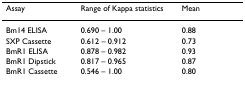
| Assay | Range of Kappa statistics | Mean |
 | --- | --- | --- |
 | Bm14 ELISA | 0.690 – 1.00 | 0.88 |
 | SXP Cassette | 0.612 – 0.912 | 0.73 |
 | BmR1 ELISA | 0.878 – 0.982 | 0.93 |
 | BmR1 Dipstick | 0.817 – 0.965 | 0.87 |
 | BmR1 Cassette | 0.546 – 1.00 | 0.80 |